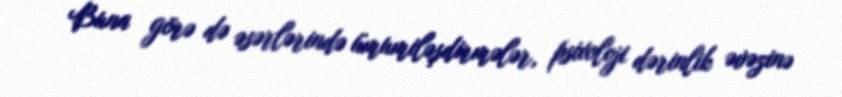
Buna görə də əsərlərində ümumiləşdirmələr, psixoloji dərinlik əvəzinə